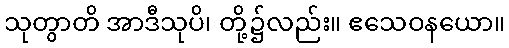
သုတွာတိ အာဒီသုပိ၊ တို့၌လည်း။ ဧသေဝနယော။